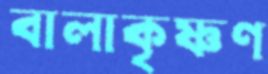
বালাকৃষ্ণণ